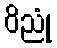
ဝိညုံ